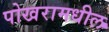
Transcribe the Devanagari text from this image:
पोखरामधील